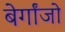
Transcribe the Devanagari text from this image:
बेर्गांजो